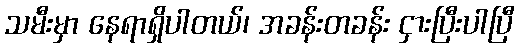
သမီးမှာ နေရာရှိပါတယ်၊ အခန်းတခန်း ငှားပြီးပါပြီ